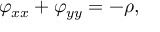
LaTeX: \varphi _ { x x } + \varphi _ { y y } = - \rho ,